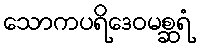
သောကပရိဒေဝမစ္ဆရံ